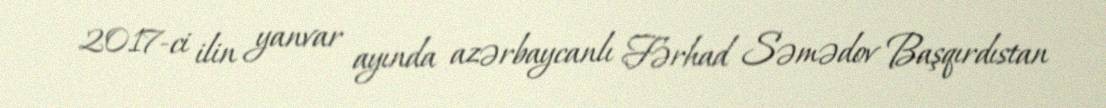
2017-ci ilin yanvar ayında azərbaycanlı Fərhad Səmədov Başqırdıstan